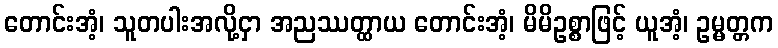
တောင်းအံ့၊ သူတပါးအလို့ငှာ အညဿတ္ထာယ တောင်းအံ့၊ မိမိဥစ္စာဖြင့် ယူအံ့၊ ဥမ္မတ္တက